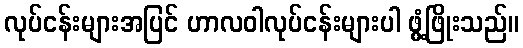
လုပ်ငန်းများအပြင် ဟာလဝါလုပ်ငန်းများပါ ဖွံ့ဖြိုးသည်။